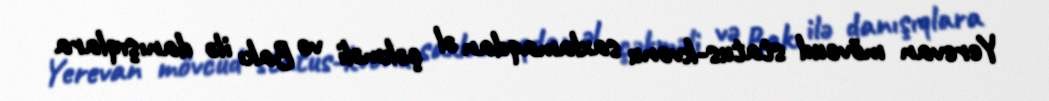
Yerevan mövcud status-kvonu saxlamaqdan əl çəkməli və Bakı ilə danışıqlara